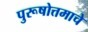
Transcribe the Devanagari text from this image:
पुरूषोत्तमाचे